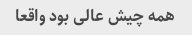
همه چیش عالی بود واقعا